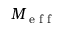
M _ { \textrm { e f f } }